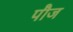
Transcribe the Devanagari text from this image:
पौज